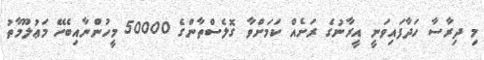
މި ދިރާސާ ހަދާފައިވަނީ އީރާނުގެ ރަށެއް ކަމަށްވާ ގޮލެސްތާންގެ 50000 މީހުންނާއިބެހޭ މަޢުލޫމާތު